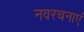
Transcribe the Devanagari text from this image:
नवरचनाएं